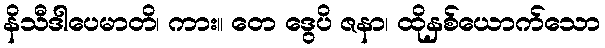
နိသီဒါပေမာတိ၊ ကား။ တေ ဒွေပိ ဇနာ၊ ထိုနှစ်ယောက်သော